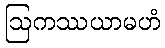
ဩကဿယာမဟံ